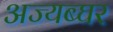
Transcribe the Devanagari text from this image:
अज्यब्घर